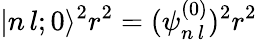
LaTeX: |n\, l;0\rangle^{2}r^{2}=(\psi_{n\, l}^{(0)})^{2}r^{2}